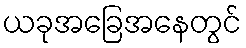
ယခုအခြေအနေတွင်